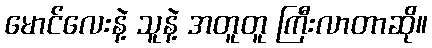
မောင်လေးနဲ့ သူနဲ့ အတူတူ ကြီးလာတာဆို။